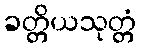
ခတ္တိယသုတ္တံ